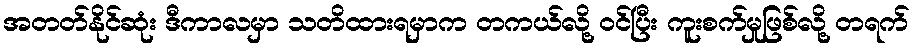
အတတ်နိုင်ဆုံး ဒီကာလမှာ သတိထားရမှာက တကယ်လို့ ဝင်ပြီး ကူးစက်မှုဖြစ်လို့ တရက်